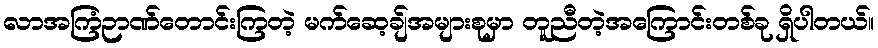
လာအကြံဉာဏ်တောင်းကြတဲ့ မက်ဆေ့ချ်အများစုမှာ တူညီတဲ့အကြောင်းတစ်ခု ရှိပါတယ်။